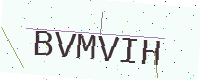
Text: BVMVIH